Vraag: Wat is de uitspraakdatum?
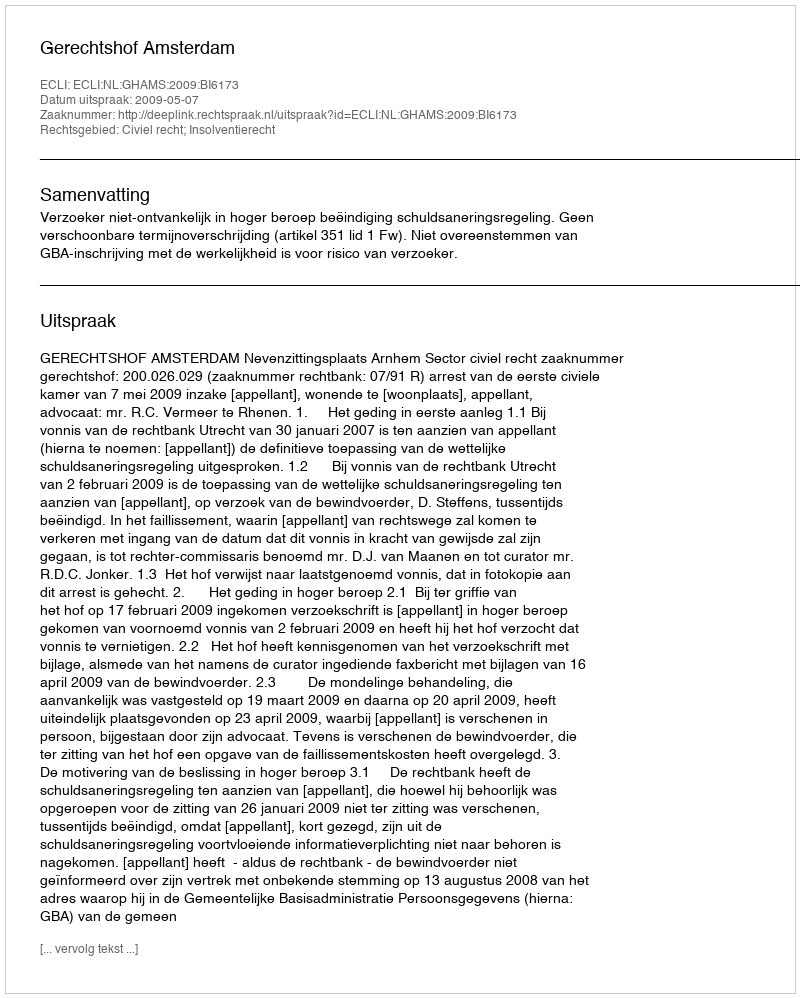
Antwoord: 2009-05-07